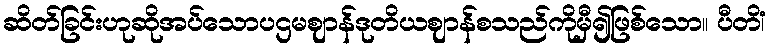
ဆိတ်ခြင်းဟုဆိုအပ်သောပဌမဈာန်ဒုတိယဈာန်စသည်ကိုမှီ၍ဖြစ်သော။ ပီတိံ၊